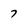
Character: 7